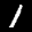
Label: 1